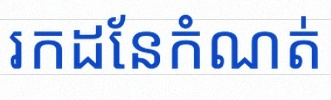
រកដែនកំណត់